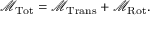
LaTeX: { \mathcal { M } } _ { \mathrm { T o t } } = { \mathcal { M } } _ { \mathrm { T r a n s } } + { \mathcal { M } } _ { \mathrm { R o t } } .